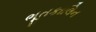
ભૂતકાલિન